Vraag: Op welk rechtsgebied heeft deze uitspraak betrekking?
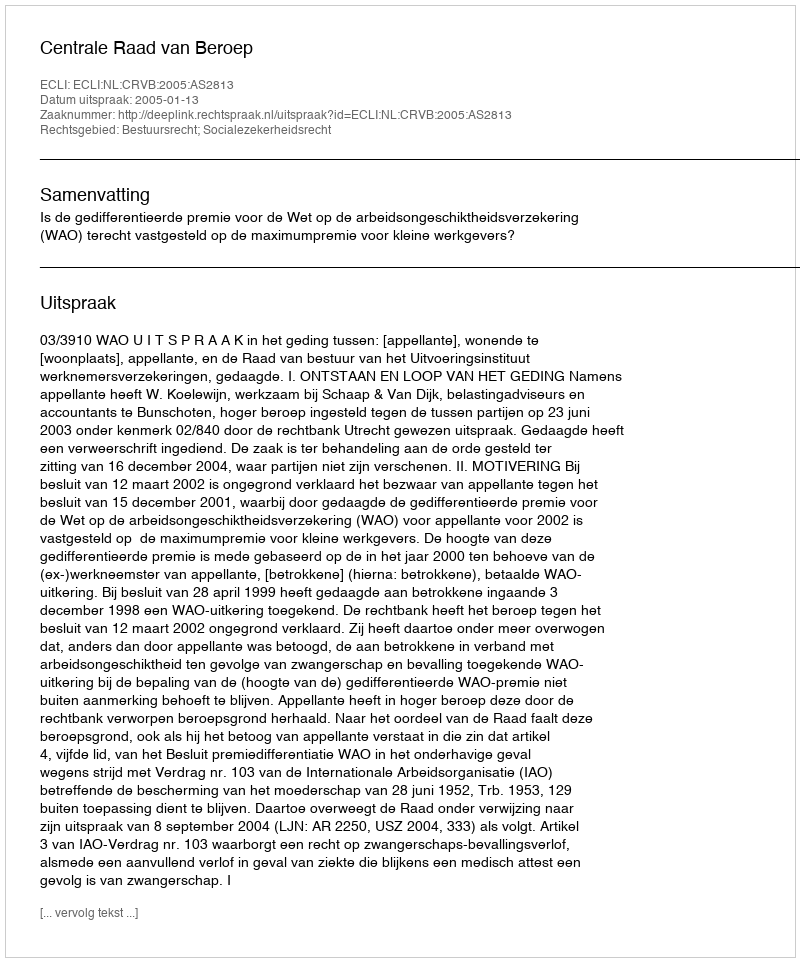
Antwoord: Bestuursrecht; Socialezekerheidsrecht